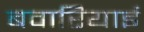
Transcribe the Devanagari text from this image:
बवारियाई